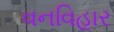
વનવિહાર